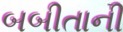
બબીતાની